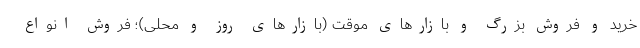
خرید و فروش بزرگ و بازارهای موقت (بازارهای روز و محلی)؛ فروش انواع